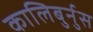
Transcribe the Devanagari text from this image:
कालिबुर्नुस